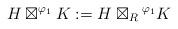
LaTeX: \begin{align*}H\boxtimes^{\varphi_1} K:=H\boxtimes_R{}^{\varphi_1} K \end{align*}